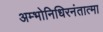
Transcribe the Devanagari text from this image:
अम्भोनिधिरनंतात्मा